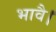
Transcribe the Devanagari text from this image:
भावै।